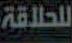
للطاقة